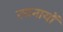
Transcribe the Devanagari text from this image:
रचनायों